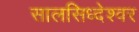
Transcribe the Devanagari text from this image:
सालसिध्‍देश्‍वर